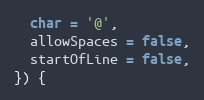
Language: JavaScript
  char = '@',
  allowSpaces = false,
  startOfLine = false,
}) {